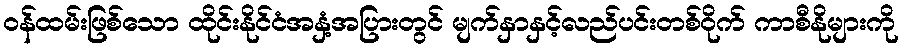
ဝန်ထမ်းဖြစ်သော ထိုင်းနိုင်ငံအနှံ့အပြားတွင် မျက်နှာနှင့်လည်ပင်းတစ်ဝိုက် ကာစီနိုများကို